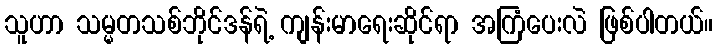
သူဟာ သမ္မတသစ်ဘိုင်ဒန်ရဲ့ ကျန်းမာရေးဆိုင်ရာ အကြံပေးလဲ ဖြစ်ပါတယ်။